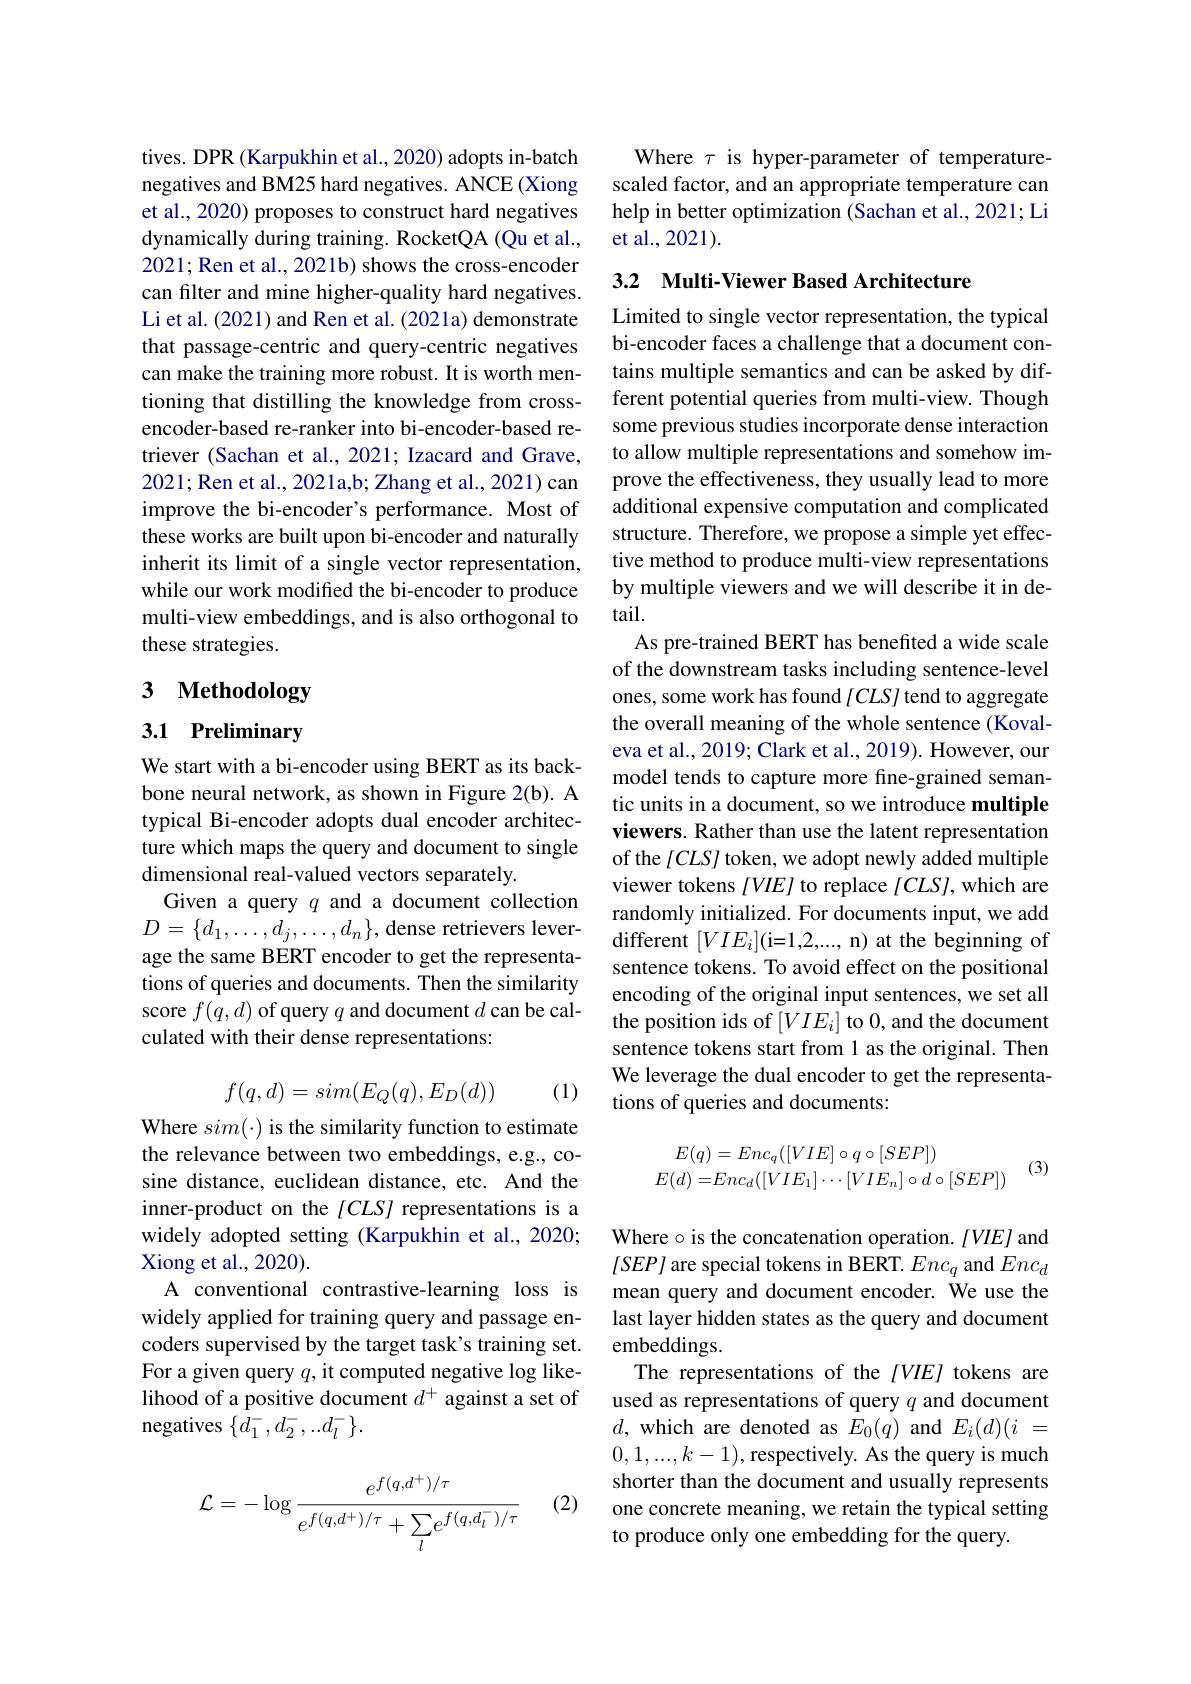
tives. DPR (Karpukhin et al., 2020) adopts in-batch negatives and BM25 hard negatives. ANCE (Xiong et al., 2020) proposes to construct hard negatives dynamically during training. RocketQA (Qu et al., 2021; Ren et al., 2021b) shows the cross-encoder can filter and mine higher-quality hard negatives. Li et al. (2021) and Ren et al. (2021a) demonstrate that passage-centric and query-centric negatives can make the training more robust. It is worth mentioning that distilling the knowledge from crossencoder-based re-ranker into bi-encoder-based retriever (Sachan et al., 2021; Izacard and Grave, 2021; Ren et al., 2021a,b; Zhang et al., 2021) can improve the bi-encoder's performance. Most of these works are built upon bi-encoder and naturally inherit its limit of a single vector representation, while our work modified the bi-encoder to produce multi-view embeddings, and is also orthogonal to these strategies.

# 3 Methodology

## 3.1 Preliminary

We start with a bi-encoder using BERT as its backbone neural network, as shown in Figure 2(b). A typical Bi-encoder adopts dual encoder architecture which maps the query and document to single dimensional real-valued vectors separately.
Given a query $q$ and a document collection $D=\{d_{1},\ldots,d_{j},\ldots,d_{n}\}$,dense retrievers leverage the same BERT encoder to get the representations of queries and documents. Then the similarity score $f(q,d)$ of query $q$ and document $d$ can be calculated with their dense representations:

(1)
$$\begin{aligned}f(q,d)=sim(E_Q(q),E_D(d))\end{aligned}$$
Where $sim(\cdot)$ is the similarity function to estimate the relevance between two embeddings, e.g., cosine distance, euclidean distance, etc. And the inner-product on the $[CLS]$ representations is a widely adopted setting (Karpukhin et al., 2020; Xiong et al., 2020).
A conventional contrastive-learning loss is widely applied for training query and passage encoders supervised by the target task's training set. For a given query $q$, it computed negative log likelihood of a positive document $d^+$ against a set of negatives $\{d_1^-,d_2^-,..d_l^-\}.$

(2)
$$\mathcal{L}=-\log\frac{e^{f(q,d^+)/\tau}}{e^{f(q,d^+)/\tau}+\sum\limits_{l}e^{f(q,d_l^-)/\tau}}$$
Where $\tau$ is hyper-parameter of temperaturescaled factor, and an appropriate temperature can help in better optimization (Sachan et al., 2021; Li et al., 2021).

3.2 Multi-Viewer Based Architecture

Limited to single vector representation, the typical bi-encoder faces a challenge that a document contains multiple semantics and can be asked by different potential queries from multi-view. Though some previous studies incorporate dense interaction to allow multiple representations and somehow improve the effectiveness, they usually lead to more additional expensive computation and complicated structure. Therefore, we propose a simple yet effective method to produce multi-view representations by multiple viewers and we will describe it in detail.
As pre-trained BERT has benefited a wide scale of the downstream tasks including sentence-level ones, some work has found $[CLS]$ tend to aggregate the overall meaning of the whole sentence (Kovaleva et al., 2019; Clark et al., 2019). However, our model tends to capture more fine-grained semantic units in a document, so we introduce multiple viewers. Rather than use the latent representation of the [CLS] token, we adopt newly added multiple viewer tokens $[VIE]$ to replace $[CLS]$,which are randomly initialized. For documents input, we add different $[VIE_{i}]($i=1,2,..., n) at the beginning of sentence tokens. To avoid effect on the positional encoding of the original input sentences, we set all the position ids of $[VIE_i]$ to 0, and the document sentence tokens start from 1 as the original. Then We leverage the dual encoder to get the representations of queries and documents:
$$E(q)=Enc_{q}([VIE]\circ q\circ[SEP])\\E(d)=Enc_{d}([VIE_{1}]\cdots[VIE_{n}]\circ d\circ[SEP])$$
(3)

Where $\circ$ is the concatenation operation. $/VIE/$ and $[SEP]$ are special tokens in BERT. $Enc_q$ and $Enc_d$ mean query and document encoder. We use the last layer hidden states as the query and document embeddings.
The representations of the $[VIE]$ tokens are used as representations of query $q$ and document $d$, which are denoted as $E_0(q)$ and $E_i(d)(i$ = $0,1,...,k-1)$,respectively. As the query is much shorter than the document and usually represents one concrete meaning, we retain the typical setting to produce only one embedding for the query.